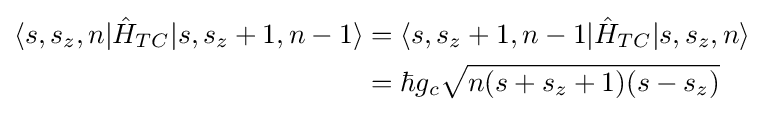
{\begin{aligned}\langle s,s_{z},n|{\hat {H}}_{TC}|s,s_{z}+1,n-1\rangle &=\langle s,s_{z}+1,n-1|{\hat {H}}_{TC}|s,s_{z},n\rangle \\&=\hbar g_{c}{\sqrt {n(s+s_{z}+1)(s-s_{z})}}\\\end{aligned}}